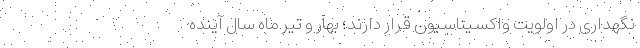
نگهداری در اولویت واکسیناسیون قرار دارند؛ بهار و تیر ماه سال آینده